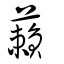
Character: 藾